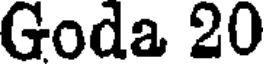
Goda 20